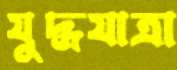
যুদ্ধযাত্রা